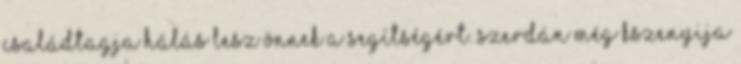
családtagja hálás lesz Önnek a segítségért. Szerdán még Kszenyija